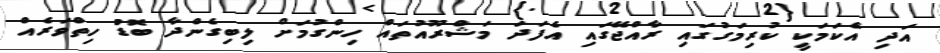
އަދި އެކަމަކީ ކުރިމަގުގައި ރާއްޖޭގައި އެފަދަ މަޝްރޫއުތައް ހިންގުމަށް ލިބިގެންދާ ބޮޑު ހިތްވަރެއް